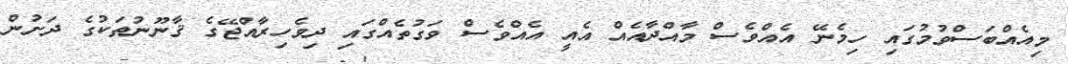
މިއެއްބަސްވުމުގައި ހިމެނޭ އެއްވެސް މާއްދާއެއް އެއީ އެއްވެސް ވަގުތެއްގައި ދިވެހިރާއްޖޭގެ ޤާނޫނުތަކުގެ ދަށުން